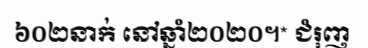
៦០២នាក់ នៅឆ្នាំ២០២០។* ជំរុញ